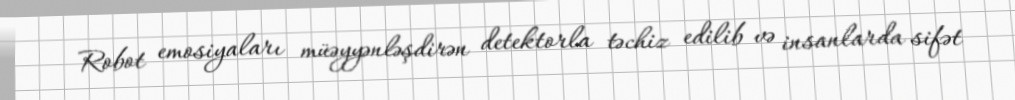
Robot emosiyaları müəyyənləşdirən detektorla təchiz edilib və insanlarda sifət